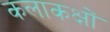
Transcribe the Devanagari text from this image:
कलाकक्षों